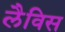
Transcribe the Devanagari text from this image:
लैविस